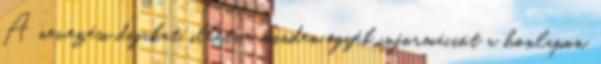
A nevezési díjakat, illetve minden egyéb információt a honlapon